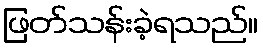
ဖြတ်သန်းခဲ့ရသည်။